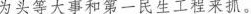
为头等大事和第一民生工程来抓。